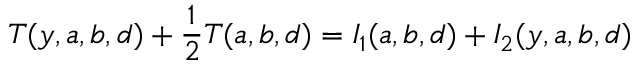
T ( y , a , b , d ) + \frac { 1 } { 2 } T ( a , b , d ) = I _ { 1 } ( a , b , d ) + I _ { 2 } ( y , a , b , d )